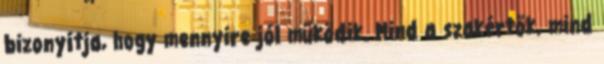
bizonyítja, hogy mennyire jól működik. Mind a szakértők, mind